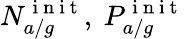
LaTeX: N_{a/g}^{\mathrm{~i~n~i~t~}},\ P_{a/g}^{\mathrm{~i~n~i~t~}}